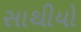
સાથીયો